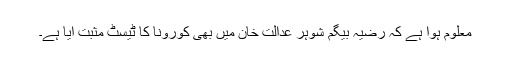
معلوم ہوا ہے کہ رضیہ بیگم شوہر عدالت خان میں بھی کورونا کا ٹیسٹ مثبت آیا ہے۔